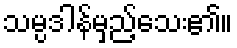
သမ္ပဒါန်မှည့်သေး၏။